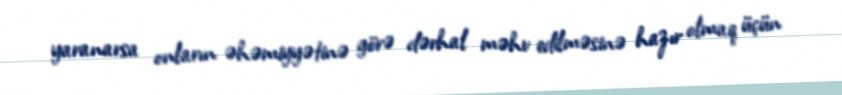
yaranarsa onların əhəmiyyətinə görə dərhal məhv edilməsinə hazır olmaq üçün